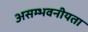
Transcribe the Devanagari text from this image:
असम्भवनीयता